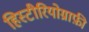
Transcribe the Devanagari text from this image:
हिस्टीरियोग्राफ़ी